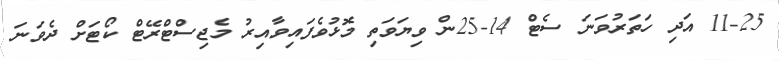
11-25 އަދި ހަތަރުވަނަ ސެޓް 14-25ން ވިޔަވަތި މޮޅުވެފައިވާއިރު މެޖިސްޓްރޭޓް ކޯޓަށް ދެވަނަ